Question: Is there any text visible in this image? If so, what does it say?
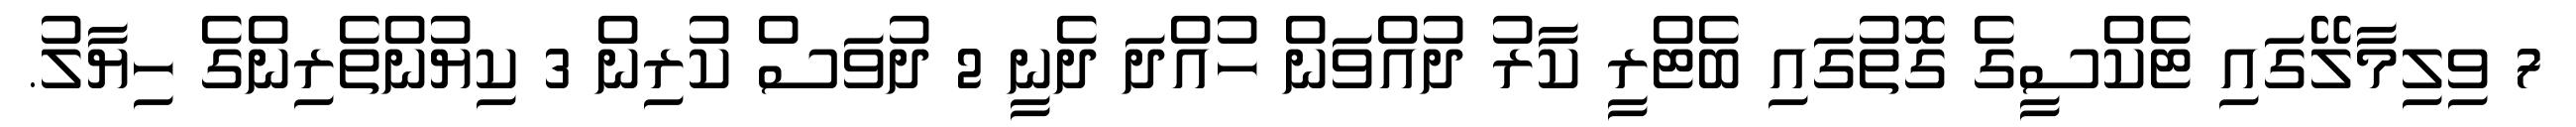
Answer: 7 ވިލިމާލޭގައި ޓެކްސީގެ ގޮތުގައި ބެޓްރީ ކާރު ދުއްވަން ހުއްދަ ދެނީ 2 ދުވަސް ކުރިން 3 ކިޔުންތެރިންގެ ހިޔާލު.